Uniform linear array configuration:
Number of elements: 16
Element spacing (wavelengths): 0.5
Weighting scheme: kaiser
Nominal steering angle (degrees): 60
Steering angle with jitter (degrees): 58.331
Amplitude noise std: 0.05
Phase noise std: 0.05

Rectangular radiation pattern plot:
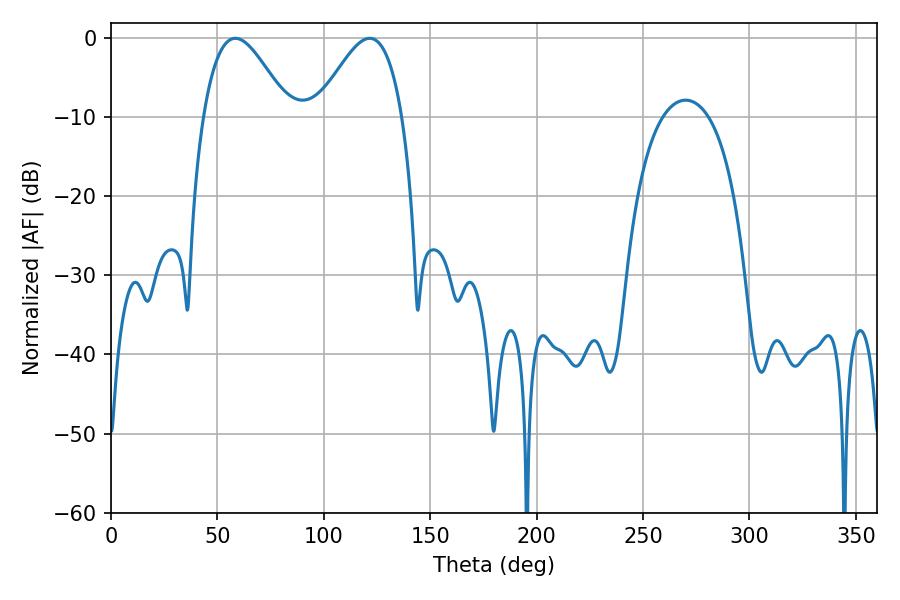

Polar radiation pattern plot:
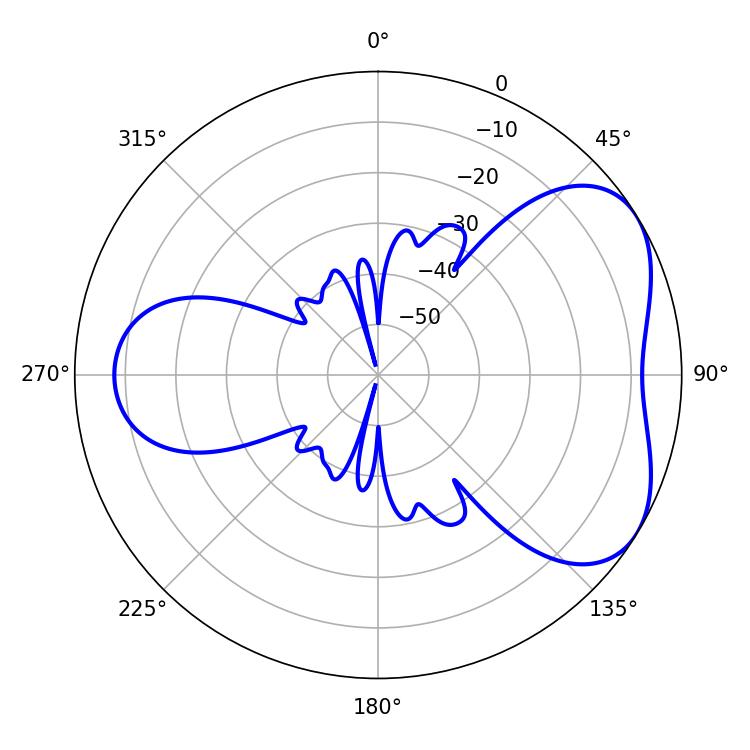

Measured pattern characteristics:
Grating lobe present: FALSE
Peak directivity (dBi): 4.761
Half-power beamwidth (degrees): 21.42
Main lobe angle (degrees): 58.5